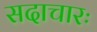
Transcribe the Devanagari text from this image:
सदाचारः